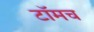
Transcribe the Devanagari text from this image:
टॉमच